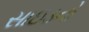
સાઇડનો